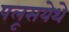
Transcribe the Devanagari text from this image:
पलूसयेथे